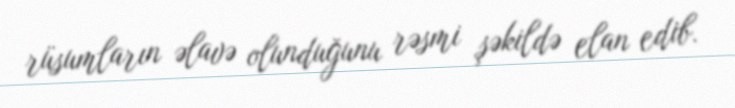
rüsumların əlavə olunduğunu rəsmi şəkildə elan edib.